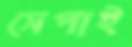
সেপাই